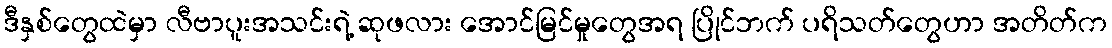
ဒီနှစ်တွေထဲမှာ လီဗာပူးအသင်းရဲ့ ဆုဖလား အောင်မြင်မှုတွေအရ ပြိုင်ဘက် ပရိသတ်တွေဟာ အတိတ်က